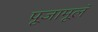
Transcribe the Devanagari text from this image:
पूजामूलं